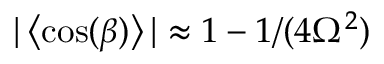
\begin{array} { r } { | \left\langle \cos ( \beta ) \right\rangle | \approx 1 - 1 / ( 4 \Omega ^ { 2 } ) } \end{array}